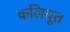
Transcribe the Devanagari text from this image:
कलियूत